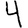
Digit: 4